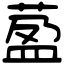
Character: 萾